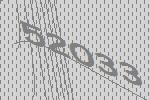
52033